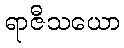
ရာဇီသယော